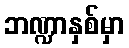
ဘဏ္ဍာနှစ်မှာ